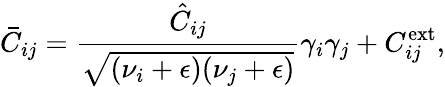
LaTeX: \bar{C}_{ij}=\frac{\hat{C}_{ij}}{\sqrt{(\nu_{i}+\epsilon)(\nu_{j}+\epsilon)}}\gamma_{i}\gamma_{j}+C_{ij}^{\mathrm{ext}},